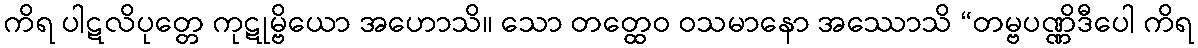
ကိရ ပါဋလိပုတ္တေ ကုဋုမ္ဗိယော အဟောသိ။ သော တတ္ထေဝ ဝသမာနော အဿောသိ “တမ္ဗပဏ္ဏိဒီပေါ ကိရ